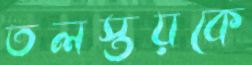
তলস্তয়কে